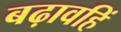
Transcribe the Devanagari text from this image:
बढ़ावहिं